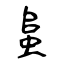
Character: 蛗